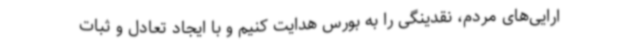
ارایی‌های مردم، نقدینگی را به بورس هدایت کنیم و با ایجاد تعادل و ثبات